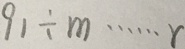
9 1 \div m = \cdots r